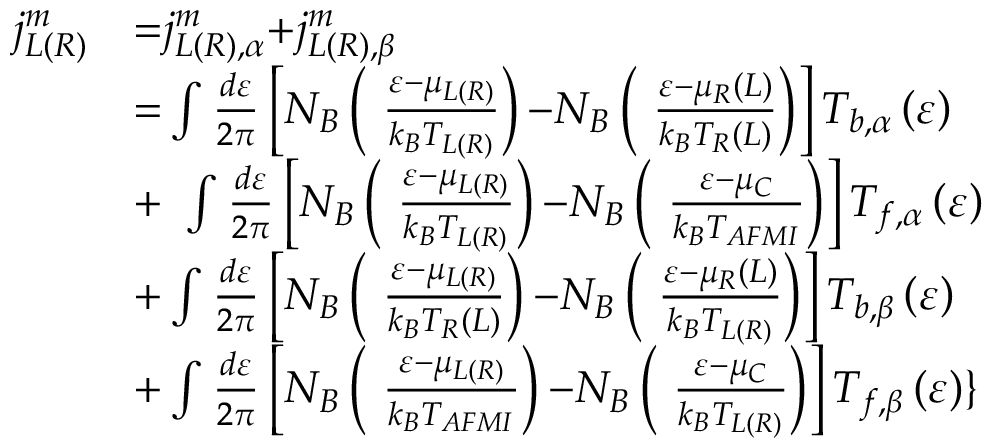
\begin{array} { l l } { { { j } } _ { { L ( R ) } } ^ { { m } } } & { { = } { { j } } _ { { L ( R ) , } \alpha } ^ { { m } } { + } { { j } } _ { { L ( R ) , } \beta } ^ { { m } } } \\ & { { = } \int { \frac { d \varepsilon } { { 2 } \pi } } \left[ N _ { B } \left( { \ } \frac { \varepsilon { - } { \mu } _ { L ( R ) } } { k _ { B } T _ { L ( R ) } } \right) { - } N _ { B } \left( { \ } \frac { \varepsilon { - } { \mu } _ { R } ( L ) } { k _ { B } T _ { R } ( L ) } \right) \right] T _ { b , \alpha } \left( \varepsilon \right) } \\ & { { + \ } \int { \frac { d \varepsilon } { { 2 } \pi } } \left[ N _ { B } \left( { \ } \frac { \varepsilon { - } { \mu } _ { L ( R ) } } { k _ { B } T _ { L ( R ) } } \right) { - } N _ { B } \left( { \ } \frac { \varepsilon { - } { \mu } _ { C } } { k _ { B } T _ { A F M I } } \right) \right] T _ { f , \alpha } \left( \varepsilon \right) } \\ & { { + } \int { \frac { d \varepsilon } { { 2 } \pi } } \left[ N _ { B } \left( { \ } \frac { \varepsilon { - } { \mu } _ { L ( R ) } } { k _ { B } T _ { R } ( L ) } \right) { - } N _ { B } \left( { \ } \frac { \varepsilon { - } { \mu } _ { R } ( L ) } { k _ { B } T _ { L ( R ) } } \right) \right] T _ { b , \beta } \left( \varepsilon \right) } \\ & { { + } \int { \frac { d \varepsilon } { { 2 } \pi } } \left[ N _ { B } \left( { \ } \frac { \varepsilon { - } { \mu } _ { L ( R ) } } { k _ { B } T _ { A F M I } } \right) { - } N _ { B } \left( { \ } \frac { \varepsilon { - } { \mu } _ { C } } { k _ { B } T _ { L ( R ) } } \right) \right] T _ { f , \beta } \left( \varepsilon \right) \} } \end{array}